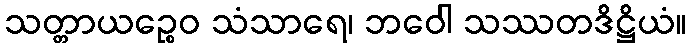
သတ္တာယဉ္စေဝ သံသာရေ၊ ဘဝေါ သဿတဒိဋ္ဌိယံ။